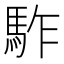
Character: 𩢐